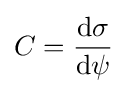
C={\frac {\mathrm {d} \sigma }{\mathrm {d} \psi }}